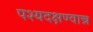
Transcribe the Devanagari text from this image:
पश्यदक्षण्वान्न